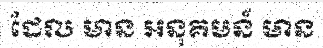
ដែល មាន អនុគមន៍ មាន